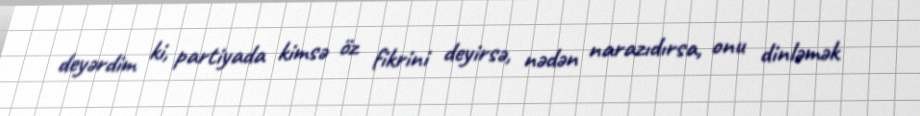
deyərdim ki, partiyada kimsə öz fikrini deyirsə, nədən narazıdırsa, onu dinləmək